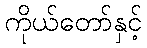
ကိုယ်တော်နှင့်